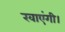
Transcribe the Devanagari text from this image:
खाएंगी।